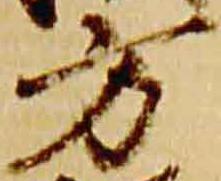
方